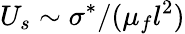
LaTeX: U_{s}\sim\sigma^{*}/(\mu_{f}l^{2})